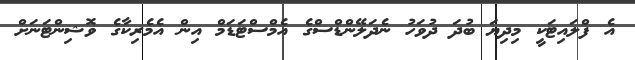
އެ ފްލައިޓަކީ މިދިޔަ ބުދަ ދުވަހު ނެދަލޭންޑްސްގެ އެމްސްޓަޑަމް އިން އެމެރިކާގެ ވޮޝިންޓަނަށް